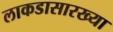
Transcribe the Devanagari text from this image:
लाकडासारख्या